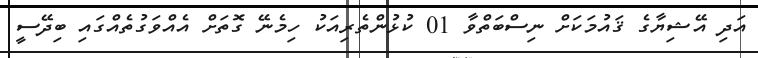
އަދި އޭޝިޔާގެ ޤައުމަކަށް ނިސްބަތްވާ 01 ކުޅުންތެރިއަކު ހިމެނޭ ގޮތަށް އެއްވަގުތެއްގައި ބިދޭސީ